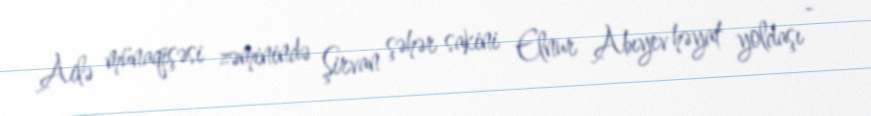
Ailə münaqişəsi zəminində Şirvan şəhər sakini Elnur Abıyev həyat yoldaşı -